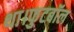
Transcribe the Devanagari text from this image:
था।फुटबॉल